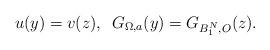
LaTeX: \begin{align*}u(y) = v(z), \,\,\, G_{\Omega, a} (y) = G_{B_1^N, O} (z).\end{align*}